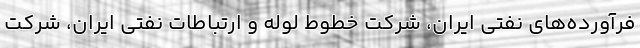
فرآورده‌های نفتی ایران، شرکت خطوط لوله و ارتباطات نفتی ایران، شرکت